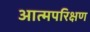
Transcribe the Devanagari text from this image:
आत्मपरिक्षण